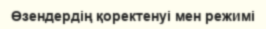
Өзендердің қоректенуі мен режимі